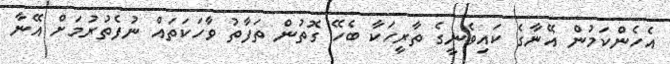
އެހެންކަމުން އޭނާގެ ކައިވެނީގެ ތާރީހަކާ ބެހޭ ގޮތުން ތަފާތު ވާހަކަތައް ނުފެތުރުމަށް އޭނާ